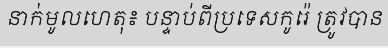
នាក់មូលហេតុ៖ បន្ទាប់ពីប្រទេសកូរ៉េ ត្រូវបាន